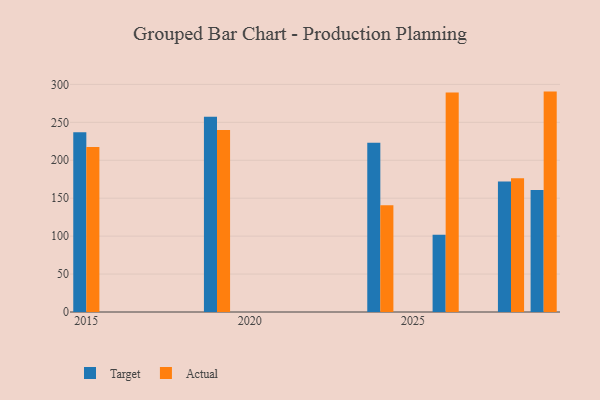
{"axis": {"x": "Year", "y": "Headcount"}, "legend": ["Actual", "Target"], "data": [{"x": "2026", "y": 101.8, "type": "Target"}, {"x": "2026", "y": 289.2, "type": "Actual"}, {"x": "2024", "y": 223.2, "type": "Target"}, {"x": "2024", "y": 140.6, "type": "Actual"}, {"x": "2015", "y": 236.8, "type": "Target"}, {"x": "2015", "y": 217.4, "type": "Actual"}, {"x": "2029", "y": 160.7, "type": "Target"}, {"x": "2029", "y": 290.5, "type": "Actual"}, {"x": "2028", "y": 172.1, "type": "Target"}, {"x": "2028", "y": 176.2, "type": "Actual"}, {"x": "2019", "y": 257.3, "type": "Target"}, {"x": "2019", "y": 239.9, "type": "Actual"}]}